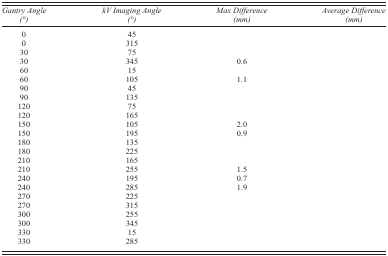
<table><thead><tr><td><b><i>Gantry Angle (°)</i></b></td><td><b><i>kV Imaging Angle (°)</i></b></td><td><b><i>Max Difference (mm)</i></b></td><td><b><i>Average Difference (mm)</i></b></td></tr></thead><tbody><tr><td>0</td><td>45</td><td>[EMPTY_CELL]</td><td>[EMPTY_CELL]</td></tr><tr><td>0</td><td>315</td><td>[EMPTY_CELL]</td><td>[EMPTY_CELL]</td></tr><tr><td>30</td><td>75</td><td>[EMPTY_CELL]</td><td>[EMPTY_CELL]</td></tr><tr><td>30</td><td>345</td><td>0.6</td><td>[EMPTY_CELL]</td></tr><tr><td>60</td><td>15</td><td>[EMPTY_CELL]</td><td>[EMPTY_CELL]</td></tr><tr><td>60</td><td>105</td><td>1.1</td><td>[EMPTY_CELL]</td></tr><tr><td>90</td><td>45</td><td>[EMPTY_CELL]</td><td>[EMPTY_CELL]</td></tr><tr><td>90</td><td>135</td><td>[EMPTY_CELL]</td><td>[EMPTY_CELL]</td></tr><tr><td>120</td><td>75</td><td>[EMPTY_CELL]</td><td>[EMPTY_CELL]</td></tr><tr><td>120</td><td>165</td><td>[EMPTY_CELL]</td><td>[EMPTY_CELL]</td></tr><tr><td>150</td><td>105</td><td>2.0</td><td>[EMPTY_CELL]</td></tr><tr><td>150</td><td>195</td><td>0.9</td><td>[EMPTY_CELL]</td></tr><tr><td>180</td><td>135</td><td>[EMPTY_CELL]</td><td>[EMPTY_CELL]</td></tr><tr><td>180</td><td>225</td><td>[EMPTY_CELL]</td><td>[EMPTY_CELL]</td></tr><tr><td>210</td><td>165</td><td>[EMPTY_CELL]</td><td>[EMPTY_CELL]</td></tr><tr><td>210</td><td>255</td><td>1.5</td><td>[EMPTY_CELL]</td></tr><tr><td>240</td><td>195</td><td>0.7</td><td>[EMPTY_CELL]</td></tr><tr><td>240</td><td>285</td><td>1.9</td><td>[EMPTY_CELL]</td></tr><tr><td>270</td><td>225</td><td>[EMPTY_CELL]</td><td>[EMPTY_CELL]</td></tr><tr><td>270</td><td>315</td><td>[EMPTY_CELL]</td><td>[EMPTY_CELL]</td></tr><tr><td>300</td><td>255</td><td>[EMPTY_CELL]</td><td>[EMPTY_CELL]</td></tr><tr><td>300</td><td>345</td><td>[EMPTY_CELL]</td><td>[EMPTY_CELL]</td></tr><tr><td>330</td><td>15</td><td>[EMPTY_CELL]</td><td>[EMPTY_CELL]</td></tr><tr><td>330</td><td>285</td><td>[EMPTY_CELL]</td><td>[EMPTY_CELL]</td></tr></tbody></table>